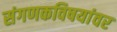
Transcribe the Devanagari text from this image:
संगणकविषयांवर